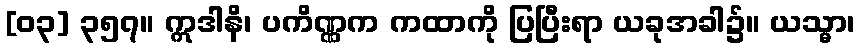
[၀၃] ၃၅၇။ ဣဒါနိ၊ ပကိဏ္ဏက ကထာကို ပြပြီးရာ ယခုအခါ၌။ ယသ္မာ၊